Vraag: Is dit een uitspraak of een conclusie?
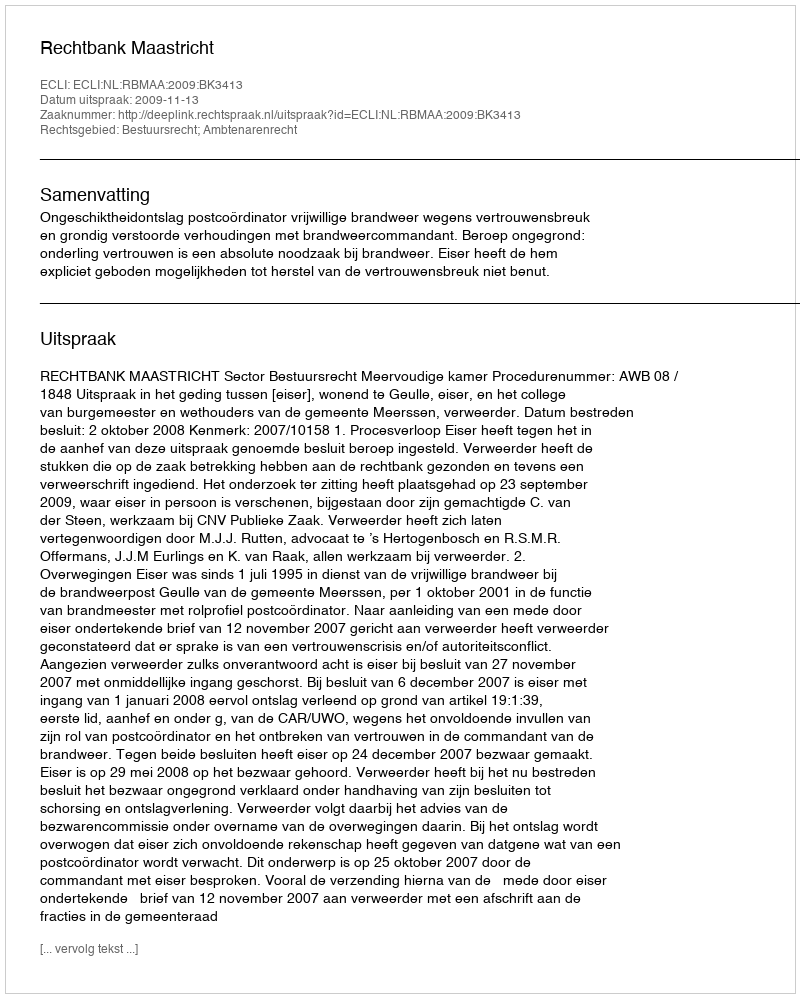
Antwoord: Uitspraak